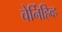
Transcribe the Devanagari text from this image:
चेर्निहिव्ह